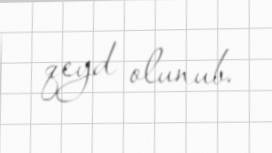
qeyd olunub.